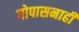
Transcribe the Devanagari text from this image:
गोपासनाही